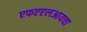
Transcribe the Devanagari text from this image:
एफएएलआयचा